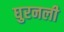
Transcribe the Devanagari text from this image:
घुरनली